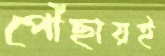
পৌঁছায়ই